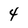
Character: 4